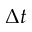
\Delta t